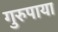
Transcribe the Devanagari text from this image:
गुरुपाया